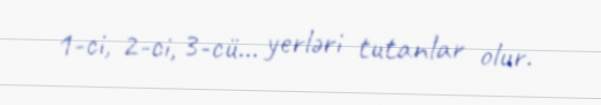
1-ci, 2-ci, 3-cü... yerləri tutanlar olur.